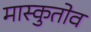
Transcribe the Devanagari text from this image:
मास्कुतोव